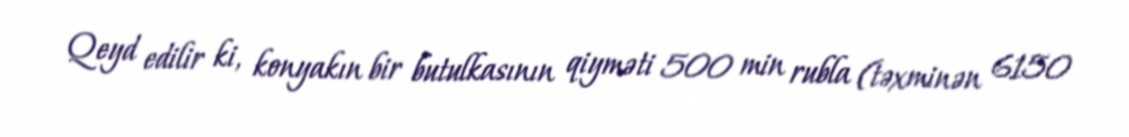
Qeyd edilir ki, konyakın bir butulkasının qiyməti 500 min rubla (təxminən 6150